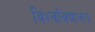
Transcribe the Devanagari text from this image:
विश्‍वविद्यालय